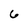
Character: 6